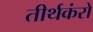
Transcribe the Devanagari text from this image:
तीर्थकंरो